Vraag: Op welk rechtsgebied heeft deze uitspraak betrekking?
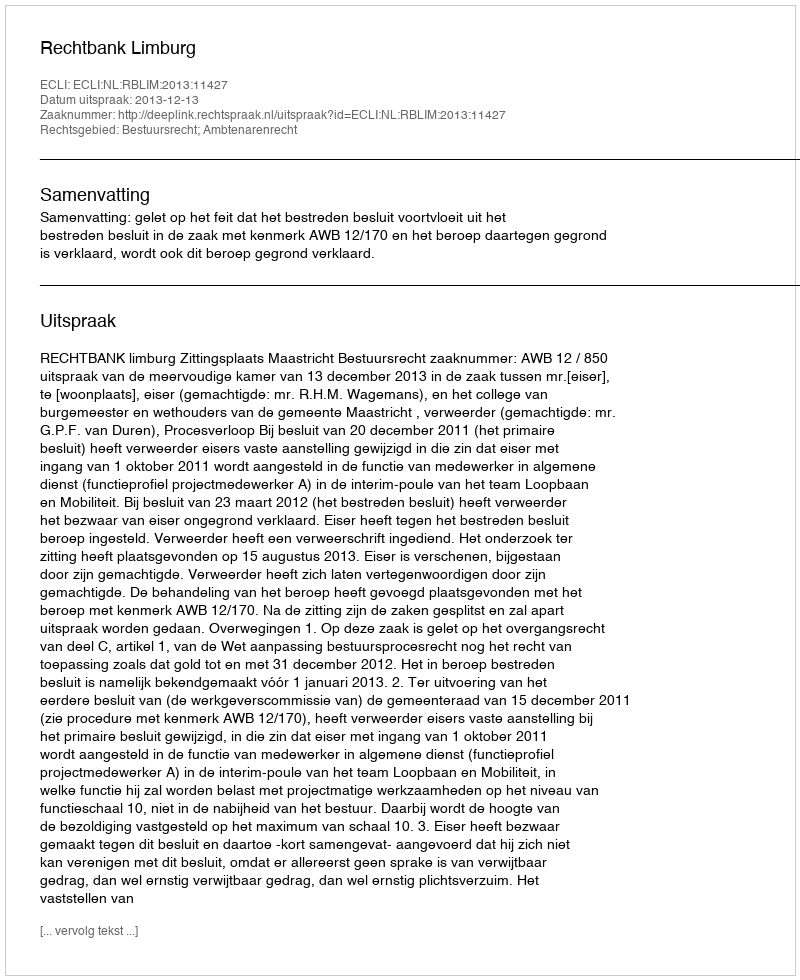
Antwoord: Bestuursrecht; Ambtenarenrecht